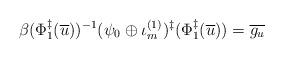
LaTeX: \begin{align*}\beta(\Phi_1^\ddagger(\overline{u}))^{-1}(\psi_0\oplus\iota_m^{(1)})^\ddagger(\Phi_1^\ddagger(\overline{u}))=\overline{g_u}\end{align*}